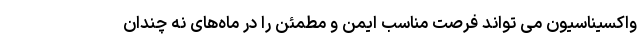
واکسیناسیون می تواند فرصت مناسب ایمن و مطمئن را در ماه­های نه چندان